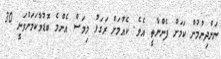
ނަންދިނުމުން ކަމަށް ފެންނާތީ އެވެ. ކެއުމަށް ރަގަޅު މިމަސް އެންމެ ބޮޑުވާކަމަށްވަނީ 30